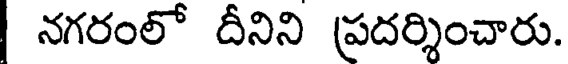
| నగరంలో దీనిని ప్రదర్శించారు.